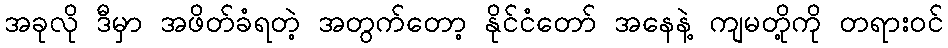
အခုလို ဒီမှာ အဖိတ်ခံရတဲ့ အတွက်တော့ နိုင်ငံတော် အနေနဲ့ ကျမတို့ကို တရားဝင်